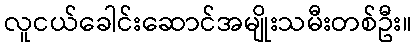
လူငယ်ခေါင်းဆောင်အမျိုးသမီးတစ်ဦး။